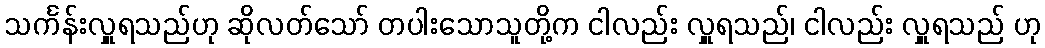
သင်္ကန်းလှူရသည်ဟု ဆိုလတ်သော် တပါးသောသူတို့က ငါလည်း လှူရသည်၊ ငါလည်း လှူရသည် ဟု